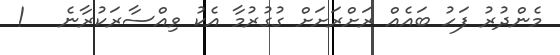
މެންދުރު ފަހު ބައެއް ރަށްރަށަށް ގުގުުރުމާ އެކު ވިއްސާރަކުރާނެ   !